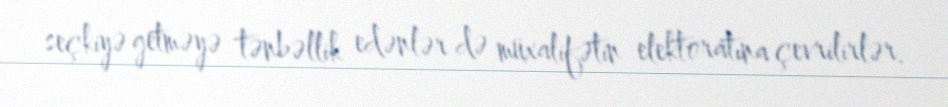
seçkiyə getməyə tənbəllik edənlər də müxalifətin elektoratına çevrilirlər.